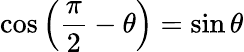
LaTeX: \cos\left({\frac{\pi}{2}}-\theta\right)=\sin\theta